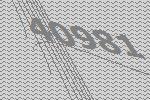
40981